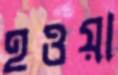
হওয়া